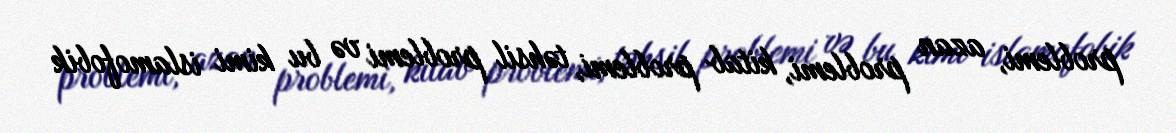
problemi, azan problemi, kitab problemi, təhsil problemi və bu kimi islamofobik